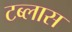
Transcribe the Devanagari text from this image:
टब्लास